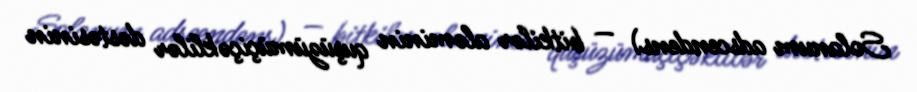
Solanum adscendens) — bitkilər aləminin quşüzümüçiçəklilər dəstəsinin